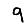
Digit: 9